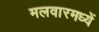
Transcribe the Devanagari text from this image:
मलवारमध्यें